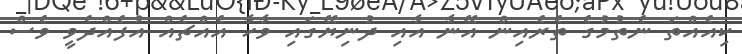
ކިއެއްތަ ނެތުމުގެ ތެރެއިން އޭނާ އާއި ދުނިޔޭގައި ވާހާ އެއްޗެއް އުފެއްދެވީ ވެސް